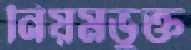
নিয়মভুক্ত